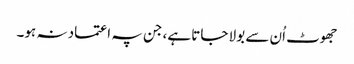
جھوٹ اُن سے بولا جاتا ہے، جن پہ اعتماد نہ ہو۔